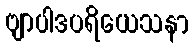
ဗျာပါဒပရိယေသနာ